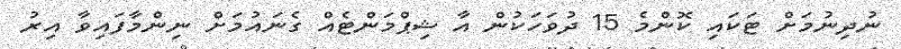
ނުދިނުމަށް ޓަކައި ކޮންމެ 15 ދުވަހަކުން އާ ޝިޕްމަންޓެއް ގެނައުމަށް ނިންމާފައިވާ އިރު